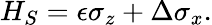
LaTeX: H_{S}=\epsilon\sigma_{z}+\Delta\sigma_{x}.